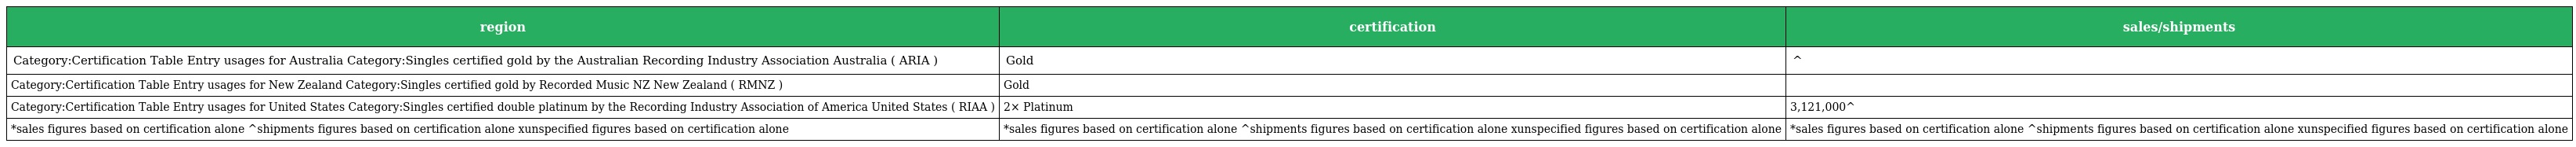
| region | certification | sales/shipments |
 | --- | --- | --- |
 | Category:Certification Table Entry usages for Australia Category:Singles certified gold by the Australian Recording Industry Association Australia ( ARIA ) | Gold | ^ |
 | Category:Certification Table Entry usages for New Zealand Category:Singles certified gold by Recorded Music NZ New Zealand ( RMNZ ) | Gold |  |
 | Category:Certification Table Entry usages for United States Category:Singles certified double platinum by the Recording Industry Association of America United States ( RIAA ) | 2× Platinum | 3,121,000^ |
 | *sales figures based on certification alone ^shipments figures based on certification alone xunspecified figures based on certification alone | *sales figures based on certification alone ^shipments figures based on certification alone xunspecified figures based on certification alone | *sales figures based on certification alone ^shipments figures based on certification alone xunspecified figures based on certification alone |